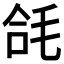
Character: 𭯘